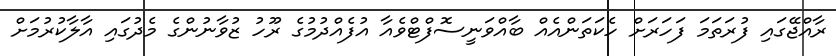
ރާއްޖޭގައި ފުރަތަމަ ފަހަރަށް ހެކަތަންއެއް ބާއްވަނީސޮފްޓްވެއާ އުފެއްދުމުގެ ރޫހު ޒުވާނުންގެ މެދުގައި އާލާކުރުމަށް